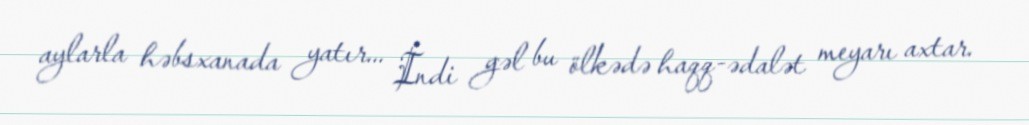
aylarla həbsxanada yatır... İndi gəl bu ölkədə haqq-ədalət meyarı axtar.